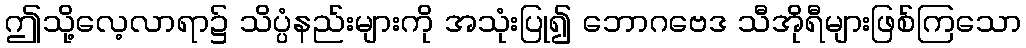
ဤသို့လေ့လာရာ၌ သိပ္ပံနည်းများကို အသုံးပြု၍ ဘောဂဗေဒ သီအိုရီများဖြစ်ကြသော